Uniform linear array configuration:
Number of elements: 48
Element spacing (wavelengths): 0.25
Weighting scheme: hamming
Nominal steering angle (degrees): -30
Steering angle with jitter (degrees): -28.745
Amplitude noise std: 0.05
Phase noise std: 0.05

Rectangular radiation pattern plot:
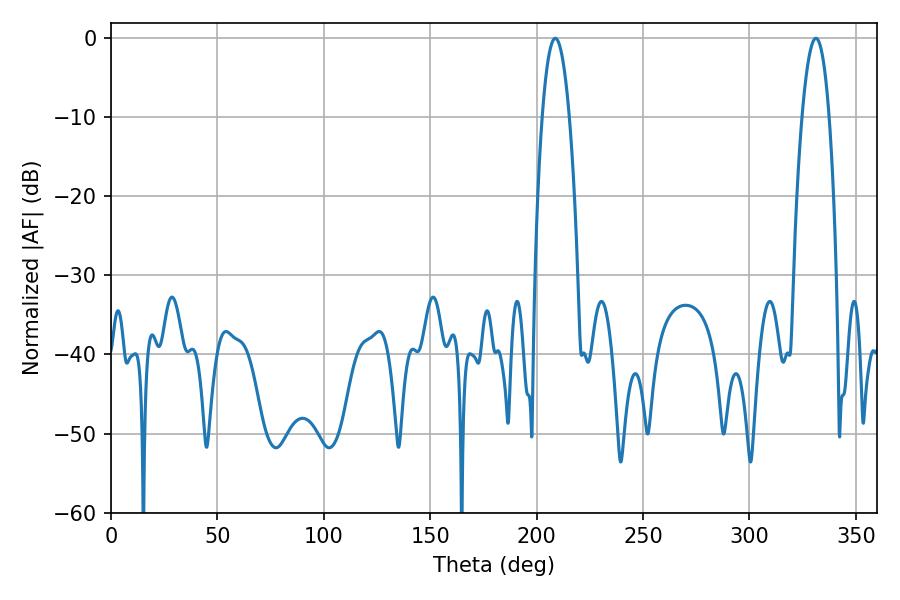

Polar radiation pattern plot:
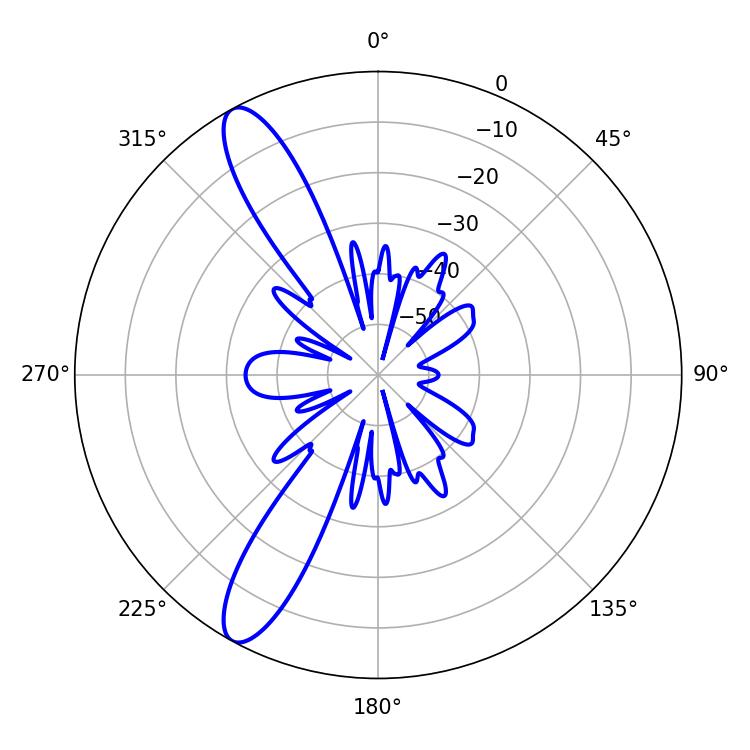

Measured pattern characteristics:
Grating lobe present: FALSE
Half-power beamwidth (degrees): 7.02
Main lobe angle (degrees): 208.8